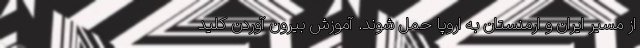
از مسیر ایران و ارمنستان به اروپا حمل شوند. آموزش بیرون آوردن کلید